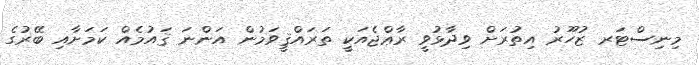
މިނިސްޓަރ ޒުހޫރު އިތުރަށް ވިދާޅުވީ ރާޢްޖެއަކީ ތަރައްޤީވަމުން އަންނަ ޤައުމެއް ކަމަށާއި ބޭރުގެ